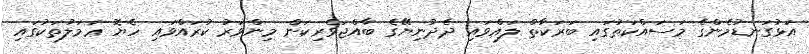
އަޅުގަނޑުމެންގެ މަސައްކަތުގައި ބަރަކާތް ލައްވައި ދެދުނިޔޭގެ ބާއްޖަވެރިކަން މިންވަރު ކުރައްވައި ހެޔޮ ޢަމަލުތަކުގައި